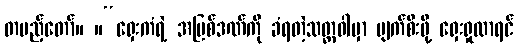
တပည့်တော်။ ။“ရှေးကံရဲ့ အပြစ်ဒဏ်ကို ခံရတဲ့သတ္တဝါမှာ ပျက်စီးဖို့ ရှေးရှုလာရင်